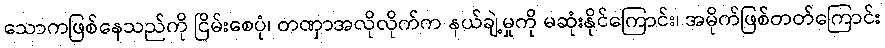
သောကဖြစ်နေသည်ကို ငြိမ်းစေပုံ၊ တဏှာအလိုလိုက်က နယ်ချဲ့မှုကို မဆုံးနိုင်ကြောင်း၊ အမိုက်ဖြစ်တတ်ကြောင်း